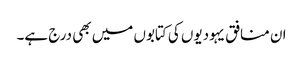
ان منافق یہودیوں کی کتابوں میں بھی درج ہے۔